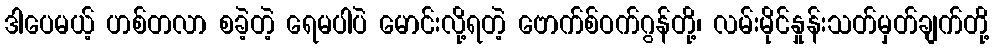
ဒါပေမယ့် ဟစ်တလာ စခဲ့တဲ့ ရေမပါပဲ မောင်းလို့ရတဲ့ ဗောက်စ်ဝက်ဂွန်တို့၊ လမ်းမိုင်နှုန်းသတ်မှတ်ချက်တို့